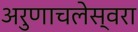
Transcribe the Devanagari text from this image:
अरुणाचलेस्वरा